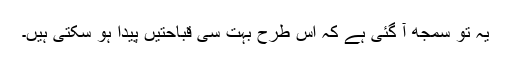
یہ تو سمجھ آ گئی ہے کہ اِس طرح بُہت سی قباحتیں پیدا ہو سکتی ہیں۔